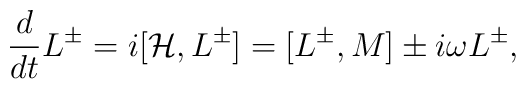
{d\over dt}{L^\pm}=i[{\cal H},L^\pm]=   [L^{\pm},{M}]\pm i\omega L^{\pm},